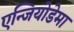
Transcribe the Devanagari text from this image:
एन्जियोडेमा